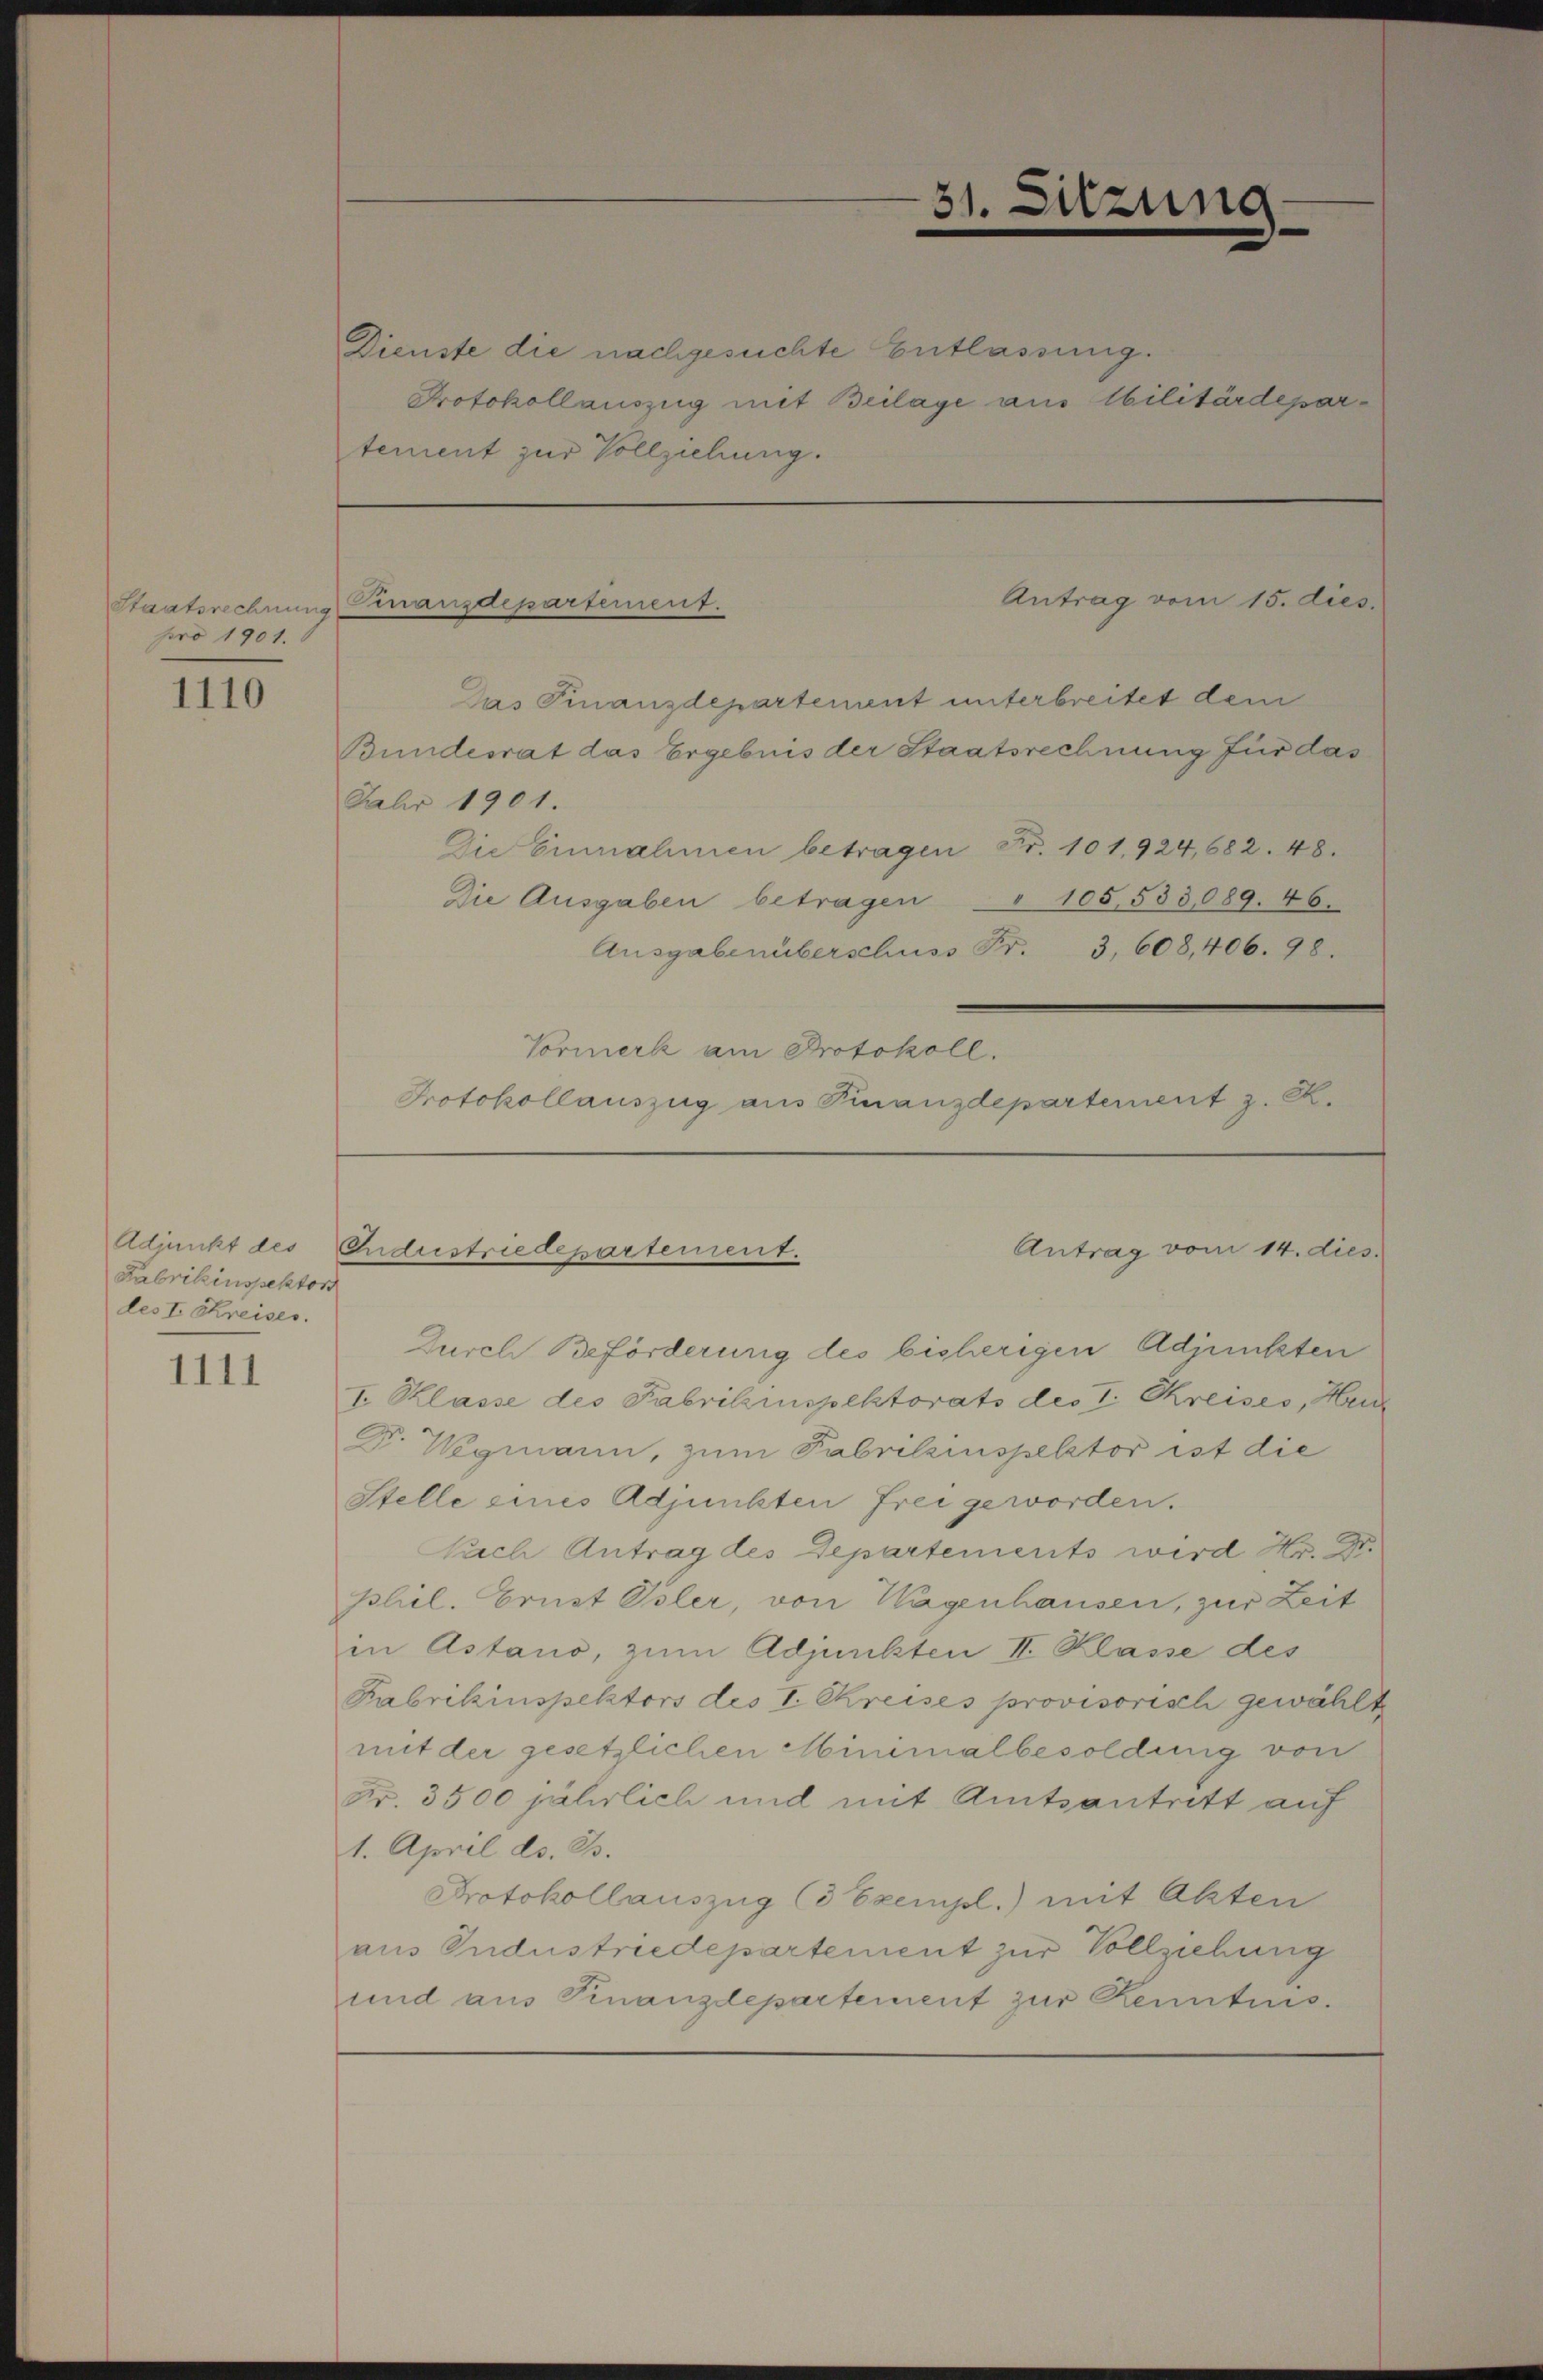
pro 1901. 8

1110

Fabrikinspektor
des I. Kreiser.

1111

Dienste die nachgesuchte Entlassung.
Protokoll auszug mit Beilage aus Militärdepartement zur Vollziehung.

Staatsrechnung inanzdepartement.

Adjunkt des Industriedepartement.

31.

Antrag vom 15. dies

Sitzung
e
e

Das Finanzdepartement unterbreitet dem
Bundesrat das Ergebnis der Staatsrechnung für das
Jahr 1901.
Die Einnahmen betragen Fr. 101,924,682. 48.
" 105, 533,089. 46.
Die Ausgaben betragen
Ausgabenüberschuss Fr. 3, 608,406. 28.
Vormerk am Protokoll.
Protokollauszug aus Finanzdepartement z. Z.

Antrag vom 14. dies

Durch Beförderung des bisherigen Adjunkten
I. Klasse des Fabrikinspektorats des I. Kreises, Herr
R. Wegmann, zum Fabrilzinspektor ist die
Stelle eines Adjunkten frei geworden.
Nach Antrag des Departements wird Hr. Dr.
phil. Brust Isler, von Wagenhausen, zur Zeit
in Astano, zum Adjunkten II. Klasse des
Fabrikinspektors des I. Kreises provisorisch gewählte
mit der gesetzlichen Minimalbesoldung von
Fr. 3500 jährlich und mit Amtsantritt auf
1. April ds. B.
Protokollauszug (3 Exempl.) mit Akten
aus Industriedepartement zur Vollziehung
und aus Finanzdepartement zur Kenntnis.